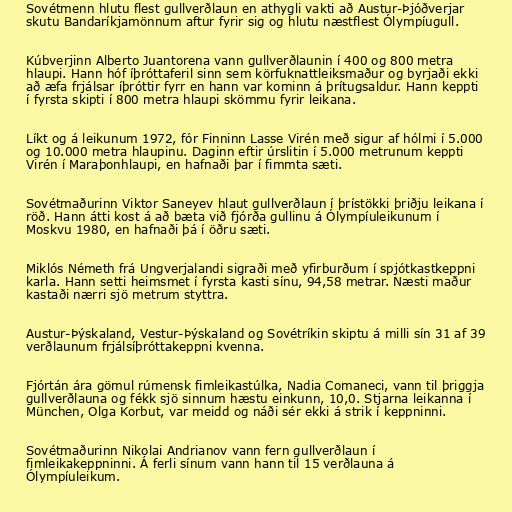
Sovétmenn hlutu flest gullverðlaun en athygli vakti að Austur-Þjóðverjar
skutu Bandaríkjamönnum aftur fyrir sig og hlutu næstflest Ólympíugull.

Kúbverjinn Alberto Juantorena vann gullverðlaunin í 400 og 800 metra
hlaupi. Hann hóf íþróttaferil sinn sem körfuknattleiksmaður og byrjaði ekki
að æfa frjálsar íþróttir fyrr en hann var kominn á þrítugsaldur. Hann keppti
í fyrsta skipti í 800 metra hlaupi skömmu fyrir leikana.

Líkt og á leikunum 1972, fór Finninn Lasse Virén með sigur af hólmi í 5.000
og 10.000 metra hlaupinu. Daginn eftir úrslitin í 5.000 metrunum keppti
Virén í Maraþonhlaupi, en hafnaði þar í fimmta sæti.

Sovétmaðurinn Viktor Saneyev hlaut gullverðlaun í þrístökki þriðju leikana í
röð. Hann átti kost á að bæta við fjórða gullinu á Ólympíuleikunum í
Moskvu 1980, en hafnaði þá í öðru sæti.

Miklós Németh frá Ungverjalandi sigraði með yfirburðum í spjótkastkeppni
karla. Hann setti heimsmet í fyrsta kasti sínu, 94,58 metrar. Næsti maður
kastaði nærri sjö metrum styttra.

Austur-Þýskaland, Vestur-Þýskaland og Sovétríkin skiptu á milli sín 31 af 39
verðlaunum frjálsíþróttakeppni kvenna.

Fjórtán ára gömul rúmensk fimleikastúlka, Nadia Comaneci, vann til þriggja
gullverðlauna og fékk sjö sinnum hæstu einkunn, 10,0. Stjarna leikanna í
München, Olga Korbut, var meidd og náði sér ekki á strik í keppninni.

Sovétmaðurinn Nikolai Andrianov vann fern gullverðlaun í
fimleikakeppninni. Á ferli sínum vann hann til 15 verðlauna á
Ólympíuleikum.